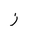
Letter: _zay